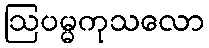
ဩပမ္မကုသလော